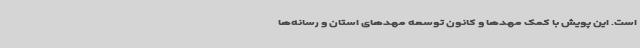
است. این پویش با کمک مهدها و کانون توسعه مهدهای استان و رسانه‌ها